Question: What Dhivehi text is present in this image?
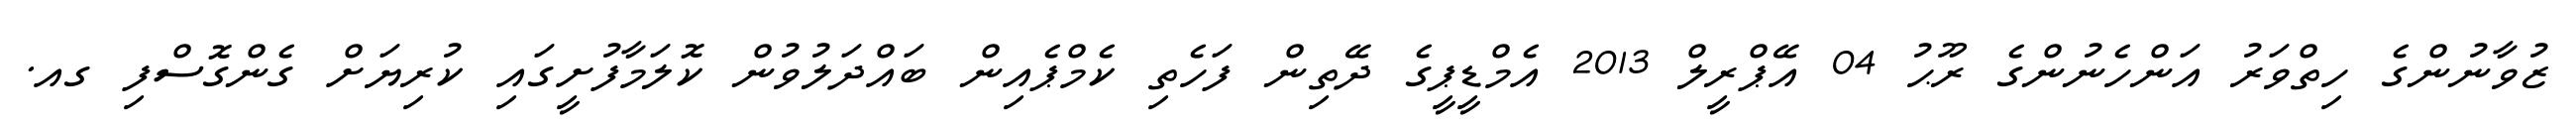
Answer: ޒުވާނުންގެ ހިތްވަރު އަންހެނުންގެ ރޫޙު 04 އޭޕްރީލް 2013 އެމްޑީޕީގެ ދޭތިން ފަހެތި ކެމްޕެއިން ބައްދަލުވުން ކޮލަމާފުށީގައި ކުރިޔަށް ގެންގޮސްފި ގއ.